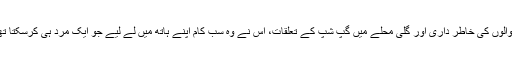
ماں کی دوا دارو، گھر کے چھوٹے موٹے مسائل، آنے جانے والوں کی خاطر داری اور گلی محلے میں گپ شپ کے تعلقات، اس نے وہ سب کام اپنے ہاتھ میں لے لیے جو ایک مرد ہی کرسکتا تھا اور اس سیانپ سے کہ گھر واقعی گھر جیسا دکھنے لگا تھا۔